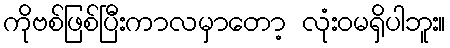
ကိုဗစ်ဖြစ်ပြီးကာလမှာတော့ လုံးဝမရှိပါဘူး။